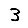
Digit: 3